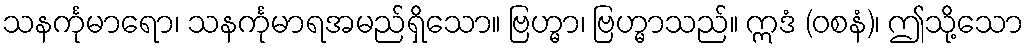
သနင်္ကုမာရော၊ သနင်္ကုမာရအမည်ရှိသော။ ဗြဟ္မာ၊ ဗြဟ္မာသည်။ ဣဒံ (ဝစနံ)၊ ဤသို့သော